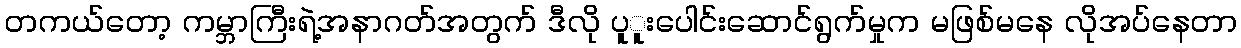
တကယ်တော့ ကမ္ဘာကြီးရဲ့အနာဂတ်အတွက် ဒီလို ပူူးပေါင်းဆောင်ရွက်မှုက မဖြစ်မနေ လိုအပ်နေတာ